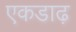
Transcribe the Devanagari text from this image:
एकडाढ़